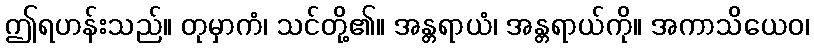
ဤရဟန်းသည်။ တုမှာကံ၊ သင်တို့၏။ အန္တရာယံ၊ အန္တရာယ်ကို။ အကာသိယေဝ၊